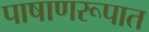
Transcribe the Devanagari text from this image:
पाषाणरूपात